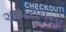
અપરાધનો